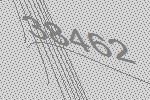
38462